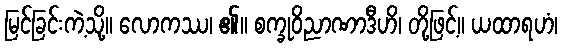
မြင်ခြင်းကဲ့သို့။ လောကဿ၊ ၏။ စက္ခုဝိညာဏာဒီဟိ၊ တို့ဖြင့်။ ယထာရဟံ၊